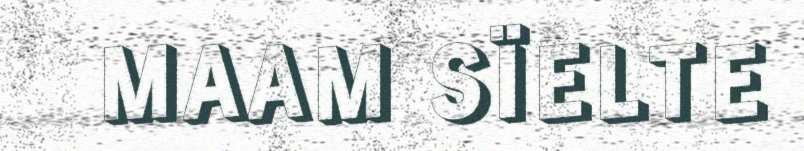
MAAM SÏELTE